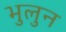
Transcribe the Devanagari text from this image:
भुलुन